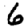
Digit: 6